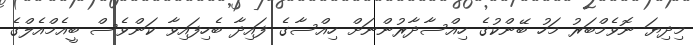
މިދިޔަ ނޮވެމްބަރު މަހު ބޭންކުގެ ހިއްސާދާރުންނަށް ހިއްސާގެ ފައިދާ ބެހިފައިވާ ކަންވެސް ބީއެމްއެލްގެ